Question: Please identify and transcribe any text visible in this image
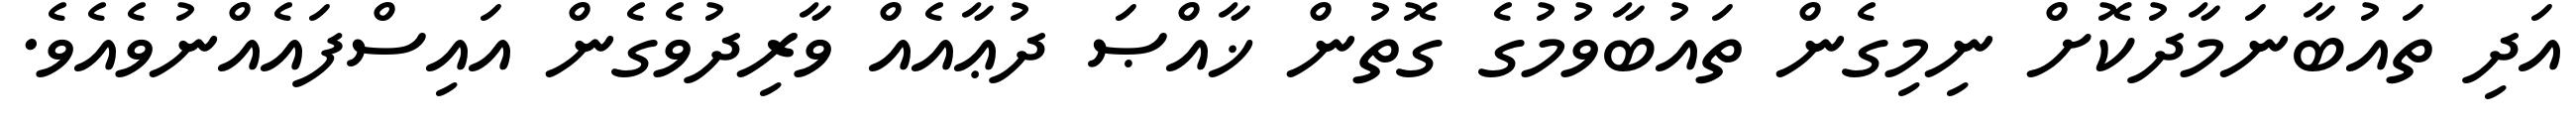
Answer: އަދި ތައުބާނަމާދުކޮށް ނިމިގެން ތައުބާވުމުގެ ގޮތުން ޚާއްޞަ ދުޢާއެއް ވާރިދުވެގެން އައިސްފައެއްނުވެއެވެ.